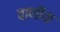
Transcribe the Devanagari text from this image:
वाणींचा